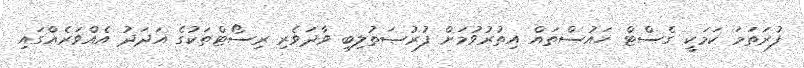
ފުރަތަމަ ކަމަކީ ގެސްޓް ހައުސްތައް އިތުރުވުމަށް ފުރުޞަތުލިބި ވާދަވެރި ރިސޯޓްތަކުގެ އަދަދު އެއްވަރެއްގައި